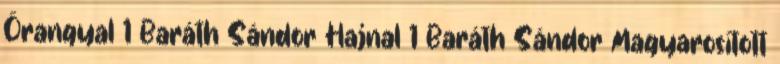
Őrangyal 1 Baráth Sándor Hajnal 1 Baráth Sándor Magyarosított